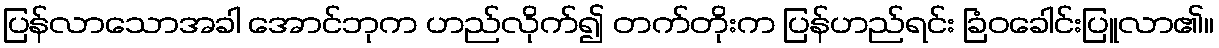
ပြန်လာသောအခါ အောင်ဘုက ဟည်လိုက်၍ တက်တိုးက ပြန်ဟည်ရင်း ခြံဝခေါင်းပြူလာ၏။